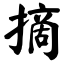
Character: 摘